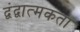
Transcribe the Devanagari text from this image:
द्वंद्वात्मकता